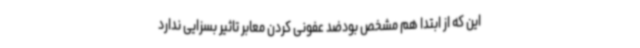
این که از ابتدا هم مشخص بودضد عفونی کردن معابر تاثیر بسزایی ندارد